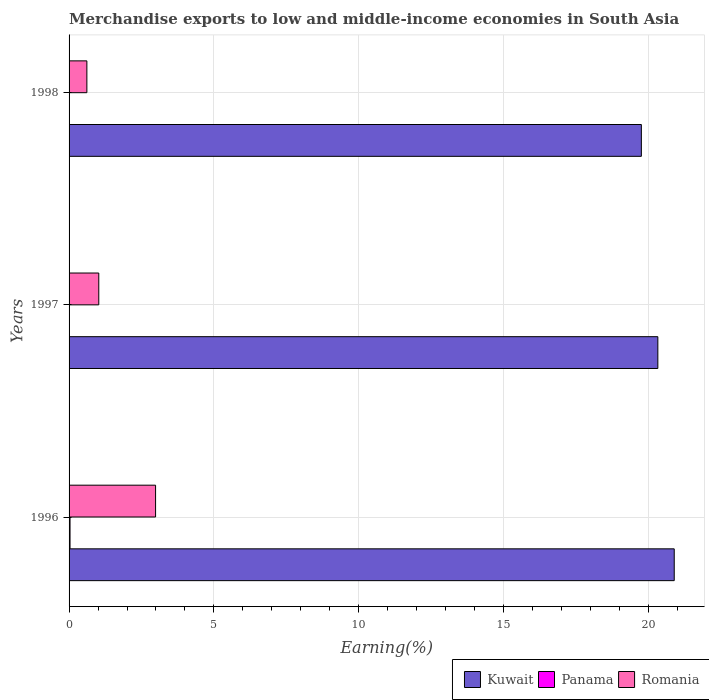
| Years | Kuwait | Panama | Romania |
 | --- | --- | --- | --- |
 | 1996 | 20.9 | 0.0333 | 2.99 |
 | 1997 | 20.3 | 0.00323 | 1.03 |
 | 1998 | 19.8 | 0.0113 | 0.615 |